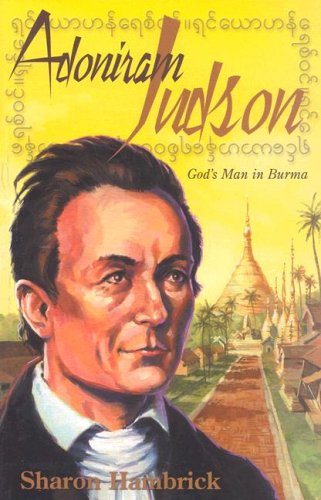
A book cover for Adoniram Judson: God's Man in Burma; Sharon Hambrick; Children's Books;